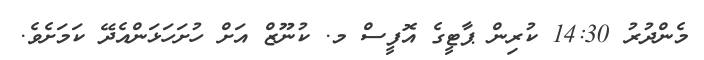
މެންދުރު 14:30 ކުރިން ޕާޓީގެ އޮފީސް މ. ކުނޫޒް އަށް ހުށަހަޅަންއެދޭ ކަމަށެވެ.